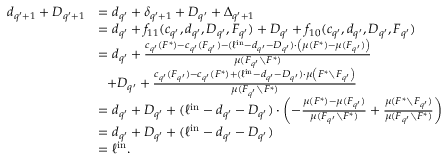
\begin{array} { r l } { d _ { q ^ { \prime } + 1 } + D _ { q ^ { \prime } + 1 } } & { = d _ { q ^ { \prime } } + \delta _ { q ^ { \prime } + 1 } + D _ { q ^ { \prime } } + \Delta _ { q ^ { \prime } + 1 } } \\ { } & { = d _ { q ^ { \prime } } + f _ { 1 1 } ( c _ { q ^ { \prime } } , d _ { q ^ { \prime } } , D _ { q ^ { \prime } } , F _ { q ^ { \prime } } ) + D _ { q ^ { \prime } } + f _ { 1 0 } ( c _ { q ^ { \prime } } , d _ { q ^ { \prime } } , D _ { q ^ { \prime } } , F _ { q ^ { \prime } } ) } \\ { } & { = d _ { q ^ { \prime } } + \frac { c _ { q ^ { \prime } } ( F ^ { * } ) - c _ { q ^ { \prime } } ( F _ { q ^ { \prime } } ) - ( \ell ^ { \mathrm { i n } } - d _ { q ^ { \prime } } - D _ { q ^ { \prime } } ) \cdot \left( \mu ( F ^ { * } ) - \mu ( F _ { q ^ { \prime } } ) \right) } { \mu ( F _ { q ^ { \prime } } \setminus F ^ { * } ) } } \\ { } & { ~ ~ + D _ { q ^ { \prime } } + \frac { c _ { q ^ { \prime } } ( F _ { q ^ { \prime } } ) - c _ { q ^ { \prime } } ( F ^ { * } ) + ( \ell ^ { \mathrm { i n } } - d _ { q ^ { \prime } } - D _ { q ^ { \prime } } ) \cdot \mu \left( F ^ { * } \setminus F _ { q ^ { \prime } } \right) } { \mu ( F _ { q ^ { \prime } } \setminus F ^ { * } ) } } \\ { } & { = d _ { q ^ { \prime } } + D _ { q ^ { \prime } } + ( \ell ^ { \mathrm { i n } } - d _ { q ^ { \prime } } - D _ { q ^ { \prime } } ) \cdot \left( - \frac { \mu ( F ^ { * } ) - \mu ( F _ { q ^ { \prime } } ) } { \mu ( F _ { q ^ { \prime } } \setminus F ^ { * } ) } + \frac { \mu ( F ^ { * } \setminus F _ { q ^ { \prime } } ) } { \mu ( F _ { q ^ { \prime } } \setminus F ^ { * } ) } \right) } \\ { } & { = d _ { q ^ { \prime } } + D _ { q ^ { \prime } } + ( \ell ^ { \mathrm { i n } } - d _ { q ^ { \prime } } - D _ { q ^ { \prime } } ) } \\ { } & { = \ell ^ { \mathrm { i n } } . } \end{array}